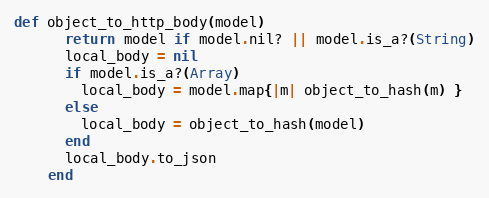
Language: Ruby
def object_to_http_body(model)
      return model if model.nil? || model.is_a?(String)
      local_body = nil
      if model.is_a?(Array)
        local_body = model.map{|m| object_to_hash(m) }
      else
        local_body = object_to_hash(model)
      end
      local_body.to_json
    end